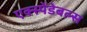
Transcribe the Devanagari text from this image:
एक्स्पेंडेबल्स